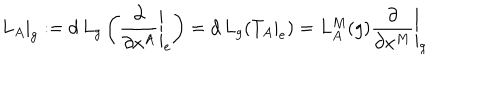
L _ { A } | _ { g } : = d \, L _ { g } \left( \left. \frac { \partial } { \partial x ^ { A } } \right| _ { e } \right) = d \, L _ { g } ( T _ { A } | _ { e } ) = L _ { A } ^ { M } ( g ) \left. \frac { \partial } { \partial x ^ { M } } \right| _ { g }